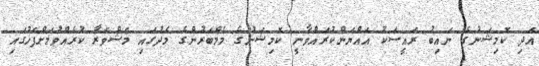
އަދި ކޮމިޝަނުގެ ނައިބު ރައީސަކު އައްޔަންކުރައްވާނީ ކޮމިޝަނުގެ މެމްބަރުންގެ މެދުގައި މަޝްވަރާ ކުރެއްވުމަށްފަހުގައި